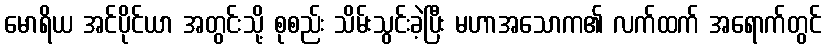
မောရိယ အင်ပိုင်ယာ အတွင်းသို့ စုစည်း သိမ်းသွင်းခဲ့ပြီး မဟာအသောက၏ လက်ထက် အရောက်တွင်